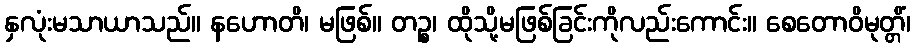
နှလုံးမသာယာသည်။ နဟောတိ၊ မဖြစ်။ တဉ္စ၊ ထိုသို့မဖြစ်ခြင်းကိုလည်းကောင်း။ စေတောဝိမုတ္တိံ၊